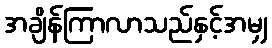
အချိန်ကြာလာသည်နှင့်အမျှ